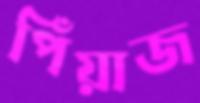
পিঁয়াজ